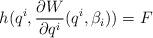
LaTeX: \begin{align*}h(q^i,\frac{\partial W}{\partial q^i}(q^i,\beta_i))=F\end{align*}